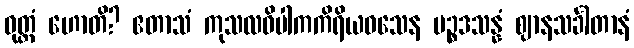
ဝုတ္တံ ဟောတိ? ဧတာသံ ကုသလဝိပါကကိရိယဝသေန ပဉ္စဒသန္နံ ဈာနသင်္ခါတာနံ